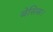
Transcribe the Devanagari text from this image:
बेसिस।